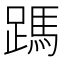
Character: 𮜃